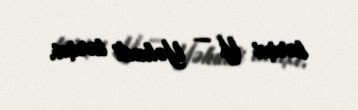
tarixi Y — Yəhudi tarixi.